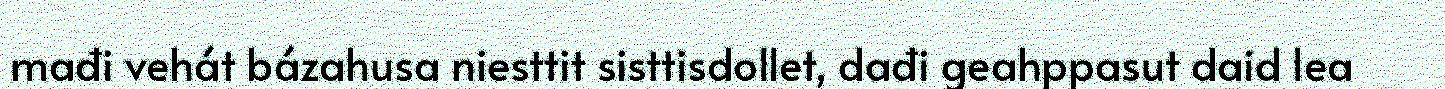
mađi vehát bázahusa niesttit sisttisdollet, dađi geahppasut daid lea